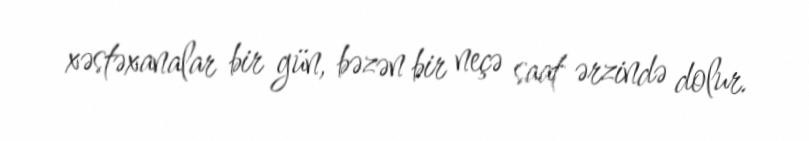
xəstəxanalar bir gün, bəzən bir neçə saat ərzində dolur.